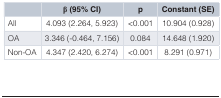
<table><thead><tr><td></td><td><b>β (95% CI)</b></td><td><b>p</b></td><td><b>Constant (SE)</b></td></tr></thead><tbody><tr><td>All</td><td>4.093 (2.264, 5.923)</td><td>&lt;0.001</td><td>10.904 (0.928)</td></tr><tr><td>OA</td><td>3.346 (-0.464, 7.156)</td><td>0.084</td><td>14.648 (1.920)</td></tr><tr><td>Non-OA</td><td>4.347 (2.420, 6.274)</td><td>&lt;0.001</td><td>8.291 (0.971)</td></tr></tbody></table>